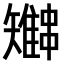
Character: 𫡍